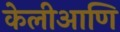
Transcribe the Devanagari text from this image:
केलीआणि